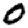
Digit: 0